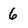
Character: 6